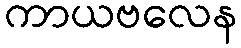
ကာယဗလေန